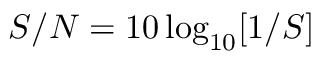
S / N = 1 0 \log _ { 1 0 } [ 1 / S ]